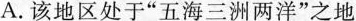
A.该地区处于”五海三洲两洋”之地